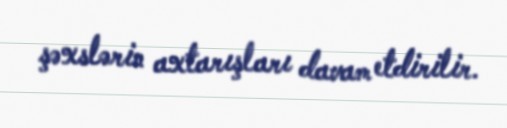
şəxslərin axtarışları davam etdirilir.